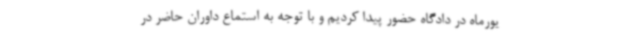
یورماه در دادگاه حضور پیدا کردیم و با توجه به استماع داوران حاضر در